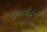
ઉપરકૉટની